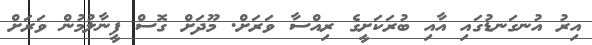
އިރު އުނގަނޑުގައި އާއި ބުރަކަށީގެ ރިއްސާ ވަރަށް. މޫދަށް ގޮސް ފީނާލުމުން ވަރަށް